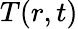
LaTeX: T(r,t)